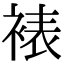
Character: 裱